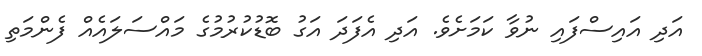
އަދި އައިސްފައި ނުވާ ކަމަށެވެ. އަދި އެފަދަ އަގު ބޮޑުކުރުމުގެ މައްސަލައެއް ފެންމަތި